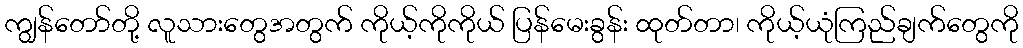
ကျွန်တော်တို့ လူသားတွေအတွက် ကိုယ့်ကိုကိုယ် ပြန်မေးခွန်း ထုတ်တာ၊ ကိုယ့်ယုံကြည်ချက်တွေကို